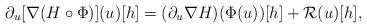
LaTeX: \begin{align*}\partial_u [\nabla (H\circ \Phi)](u)[h]=(\partial_u \nabla H)(\Phi(u))[h]+\mathcal{R}(u)[h],\end{align*}